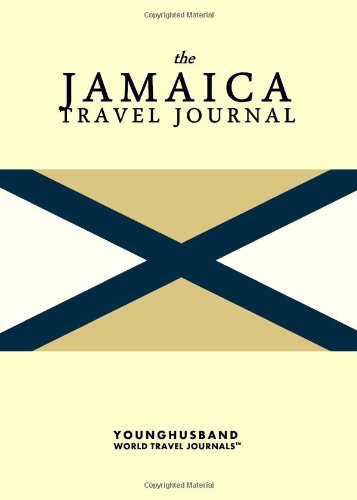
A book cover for The Jamaica Travel Journal; Younghusband World Travel Journals; Travel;